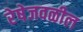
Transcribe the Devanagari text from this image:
रेषेजवळील